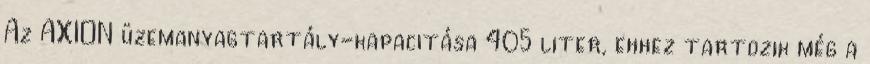
Az AXION üzemanyagtartály-kapacitása 405 liter, ehhez tartozik még a